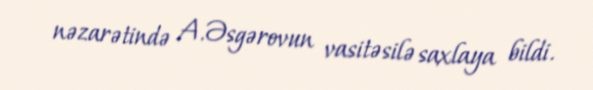
nəzarətində A.Əsgərovun vasitəsilə saxlaya bildi.